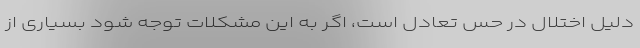
دلیل اختلال در حس تعادل است، اگر به این مشکلات توجه شود بسیاری از